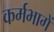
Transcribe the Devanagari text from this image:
कर्मभागें